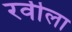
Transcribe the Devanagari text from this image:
रवीला